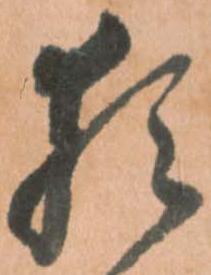
猶